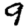
Digit: 9